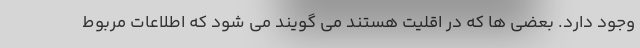
وجود دارد. بعضی ها که در اقلیت هستند می گویند می شود که اطلاعات مربوط